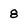
Character: 8